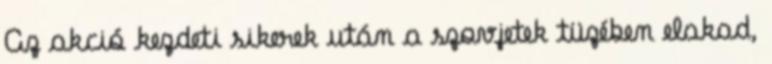
Az akció kezdeti sikerek után a szovjetek tüzében elakad,